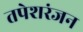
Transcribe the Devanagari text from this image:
तपेशरंजन